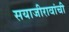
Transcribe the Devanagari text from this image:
सयाजीरावांची